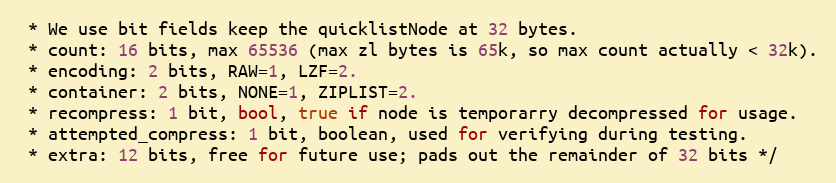
Language: C
 * We use bit fields keep the quicklistNode at 32 bytes.
 * count: 16 bits, max 65536 (max zl bytes is 65k, so max count actually < 32k).
 * encoding: 2 bits, RAW=1, LZF=2.
 * container: 2 bits, NONE=1, ZIPLIST=2.
 * recompress: 1 bit, bool, true if node is temporarry decompressed for usage.
 * attempted_compress: 1 bit, boolean, used for verifying during testing.
 * extra: 12 bits, free for future use; pads out the remainder of 32 bits */